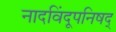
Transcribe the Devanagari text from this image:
नादविंदूपनिषद्